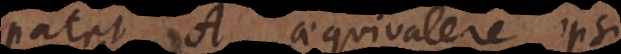
patet A aequivalere ipsi